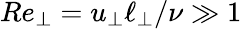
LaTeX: Re_{\perp}=u_{\perp}\ell_{\perp}/\nu\gg 1